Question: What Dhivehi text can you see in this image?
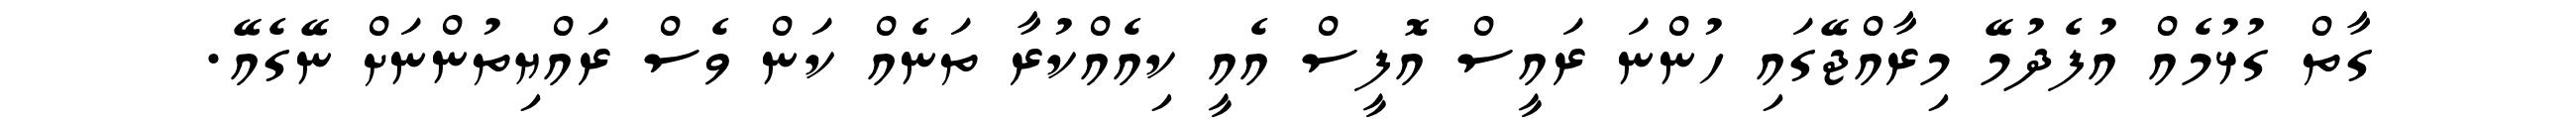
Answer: ގާތް ގުޅުމެއް އުފެދުމޭ މިރާއްޖޭގައި ހުންނަ ރައީސް އޮފީސް އެއީ ކިއެއްކުރާ ތަނެއް ކަން ވެސް ރައްޔިތުންނަށް ނޭގެއޭ.